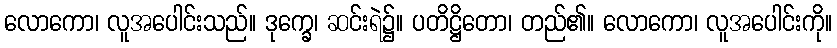
လောကော၊ လူအပေါင်းသည်။ ဒုက္ခေ၊ ဆင်းရဲ၌။ ပတိဋ္ဌိတော၊ တည်၏။ လောကော၊ လူအပေါင်းကို။